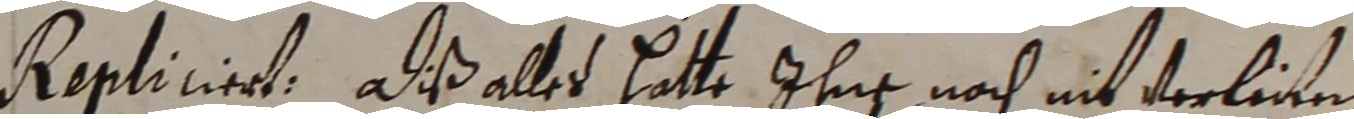
repliciert. Aß alles hatte ihne noch nit verlien.